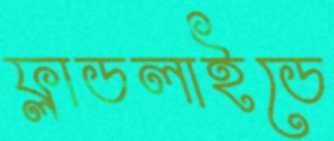
ফ্লাডলাইডে